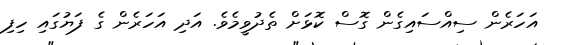
އަހަރެން ސިއްސައިގެން ގޮސް ކޮޅަށް ތެދުވީމެވެ. އަދި އަހަރެން ގެ ފަޔުގައި ހިފި